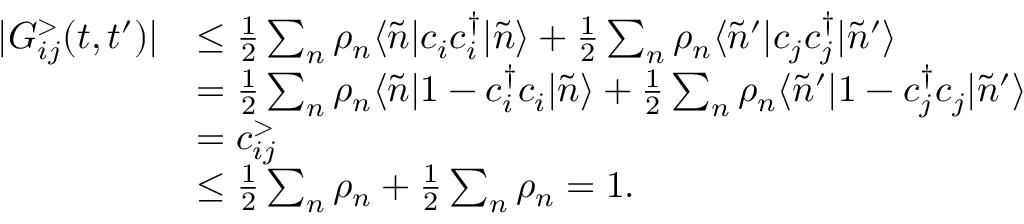
\begin{array} { r l } { | G _ { i j } ^ { > } ( t , t ^ { \prime } ) | } & { \leq \frac { 1 } { 2 } \sum _ { n } \rho _ { n } \langle \Tilde { n } | c _ { i } c _ { i } ^ { \dagger } | \Tilde { n } \rangle + \frac { 1 } { 2 } \sum _ { n } \rho _ { n } \langle \Tilde { n } ^ { \prime } | c _ { j } c _ { j } ^ { \dagger } | \Tilde { n } ^ { \prime } \rangle } \\ & { = \frac { 1 } { 2 } \sum _ { n } \rho _ { n } \langle \Tilde { n } | 1 - c _ { i } ^ { \dagger } c _ { i } | \Tilde { n } \rangle + \frac { 1 } { 2 } \sum _ { n } \rho _ { n } \langle \Tilde { n } ^ { \prime } | 1 - c _ { j } ^ { \dagger } c _ { j } | \Tilde { n } ^ { \prime } \rangle } \\ & { = c _ { i j } ^ { > } } \\ & { \leq \frac { 1 } { 2 } \sum _ { n } \rho _ { n } + \frac { 1 } { 2 } \sum _ { n } \rho _ { n } = 1 . } \end{array}